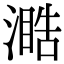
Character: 𣽋